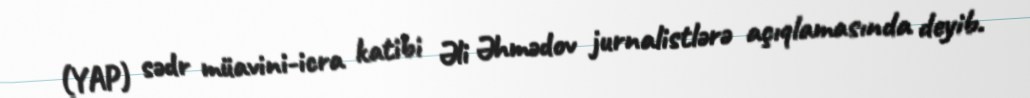
(YAP) sədr müavini-icra katibi Əli Əhmədov jurnalistlərə açıqlamasında deyib.